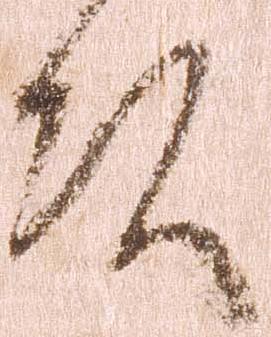
頭